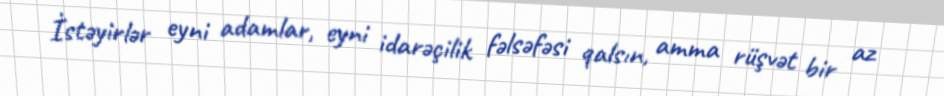
İstəyirlər eyni adamlar, eyni idarəçilik fəlsəfəsi qalsın, amma rüşvət bir az